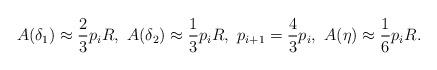
LaTeX: \begin{align*} A(\delta_{1})\approx \frac{2}{3}p_{i}R,\,\,A(\delta_{2})\approx \frac{1}{3}p_{i}R,\,\,p_{i+1}=\frac{4}{3}p_{i},\,\,A(\eta)\approx \frac{1}{6}p_{i}R.\end{align*}